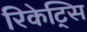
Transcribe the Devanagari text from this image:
रिकेट्सि